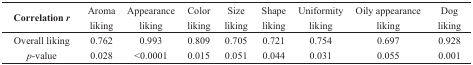
<table><thead><tr><td><b>Correlation <i>r</i></b></td><td><b>Aroma liking</b></td><td><b>Appearance liking</b></td><td><b>Color liking</b></td><td><b>Size liking</b></td><td><b>Shape liking</b></td><td><b>Uniformity liking</b></td><td><b>Oily appearance liking</b></td><td><b>Dog liking</b></td></tr></thead><tbody><tr><td>Overall liking</td><td>0.762</td><td>0.993</td><td>0.809</td><td>0.705</td><td>0.721</td><td>0.754</td><td>0.697</td><td>0.928</td></tr><tr><td><i>p</i>-value</td><td>0.028</td><td>&lt;0.0001</td><td>0.015</td><td>0.051</td><td>0.044</td><td>0.031</td><td>0.055</td><td>0.001</td></tr></tbody></table>